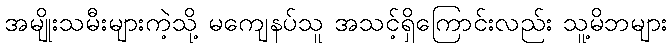
အမျိုးသမီးများကဲ့သို့ မကျေနပ်သူ အသင့်ရှိကြောင်းလည်း သူ့မိဘများ